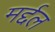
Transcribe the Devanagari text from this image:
मर्द्दल